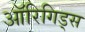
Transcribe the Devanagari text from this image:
ऑरिगिड्स